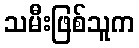
သမီးဖြစ်သူက